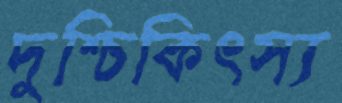
দুশ্চিকিৎস্য